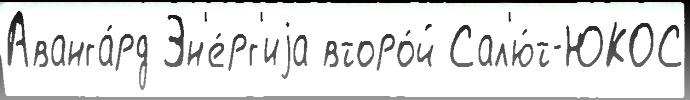
Аванга́рд Эн'е́рг'иjа второ́й Сал'ю́т-ЮКОС